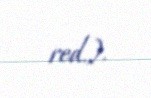
red.).